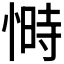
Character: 𭝿